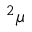
{ ^ 2 } \mu